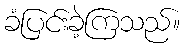
ခံပြင်းခဲ့ကြသည်။